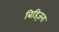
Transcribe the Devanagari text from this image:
बिड्ज़िना